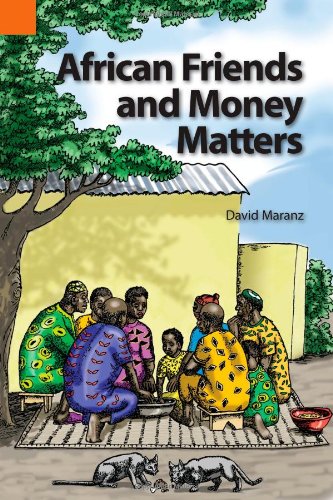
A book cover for African Friends and Money Matters: Observations from Africa (Publications in Ethnography, Vol. 37); David E. Maranz; Business & Money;